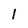
Character: l